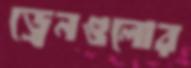
ড্রেনগুলোর